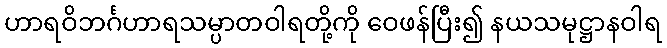
ဟာရဝိဘင်္ဂဟာရသမ္ပာတဝါရတို့ကို ဝေဖန်ပြီး၍ နယသမုဋ္ဌာနဝါရ